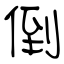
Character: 倒